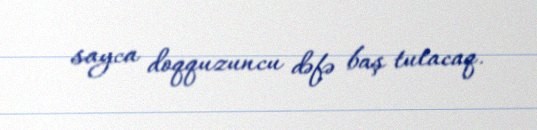
sayca doqquzuncu dəfə baş tutacaq.